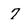
Character: 7